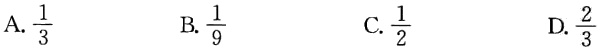
A. $\frac{1}{3}$  B. $\frac{1}{9}$  C. $\frac{1}{2}$  D. $\frac{2}{3}$